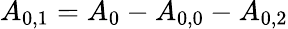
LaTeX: {A_{0,1}}={A_{0}}-{A_{0,0}}-{A_{0,2}}